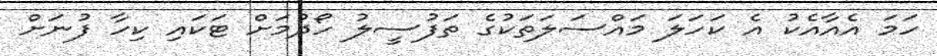
ހަމަ އެއާއެކު އެ ކަހަލަ މައްސަލަތަކުގެ ތަފުސީލު ހޯދުމަށް ޓަކައި ކިހާ ފުނަށް